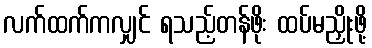
လက်ထက်ကလျှင် ရသည့်တန်ဖိုး ထပ်မညှိုးဖို့